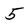
Character: 5